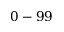
0 - 9 9